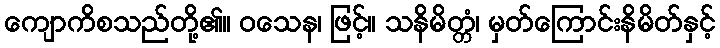
ကျောကိစသည်တို့၏။ ဝသေန၊ ဖြင့်။ သနိမိတ္တံ၊ မှတ်ကြောင်းနိမိတ်နှင့်